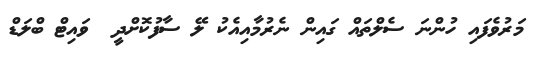
މަރުވެފައި ހުންނަ ސެލްތައް ގައިން ނެރުމާއިއެކު ލޭ ސާފުކޮށްދީ  ވައިޓް ބްލަޑް